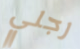
رجلي